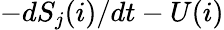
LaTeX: -dS_{j}(i)/dt-U(i)